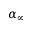
\alpha _ { \infty }